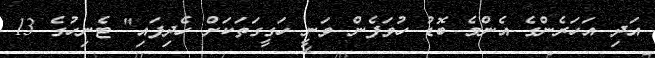
އަދި އަހަރެންގެ އެންމެ ބޮޑު ހުވަފެން ވަނީ ހަގީގަތަކަށް ހެދިފައި" ޓެނިހުގެ 13